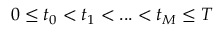
0 \leq t _ { 0 } < t _ { 1 } < . . . < t _ { M } \leq T